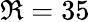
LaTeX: \Re=35